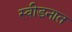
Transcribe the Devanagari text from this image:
स्वीडनात